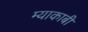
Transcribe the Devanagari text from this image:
म्याकाबी